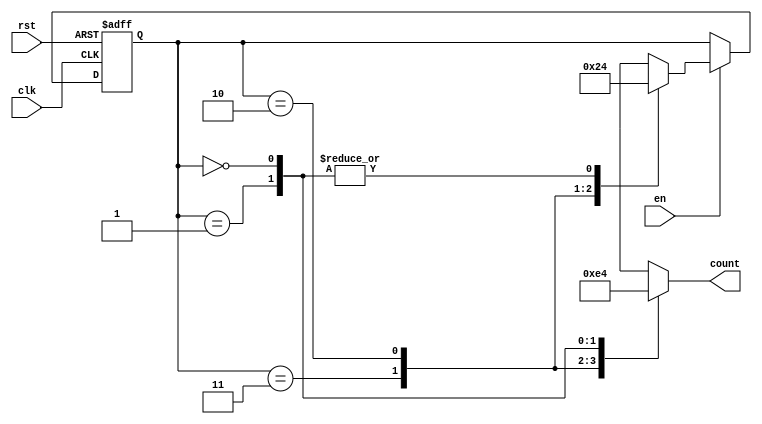
module down_counter_moore (
    input wire clk,       // Clock signal
    input wire rst,       // Asynchronous reset signal
    input wire en,        // Enable signal
    output reg [1:0] count // 2-bit output representing the current count
);

// State encoding
localparam S3 = 2'b11; // State for count 3
localparam S2 = 2'b10; // State for count 2
localparam S1 = 2'b01; // State for count 1
localparam S0 = 2'b00; // State for count 0

// Current state variable
reg [1:0] current_state;

// Sequential logic for state transition
always @(posedge clk or posedge rst) begin
    if (rst) begin
        // Reset to maximum state
        current_state <= S3;
    end else if (en) begin
        // Count down if enabled
        case (current_state)
            S3: current_state <= S2;
            S2: current_state <= S1;
            S1: current_state <= S0;
            S0: current_state <= S0; // Stay at S0
            default: current_state <= S3; // Fallback
        endcase
    end
end

// Output logic (Moore output)
always @(current_state) begin
    case (current_state)
        S3: count = 2'b11; // Output for state S3
        S2: count = 2'b10; // Output for state S2
        S1: count = 2'b01; // Output for state S1
        S0: count = 2'b00; // Output for state S0
        default: count = 2'b00; // Fallback
    endcase
end

endmodule